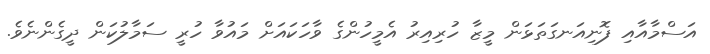
އަސްމާއާއި ފޮނިއަނގަތަޅަން މީޒާ ހުރިއިރު އެމީހުންގެ ވާހަކައަށް މައުވާ ހުރީ ސަމާލުކަން ދީގެންނެވެ.